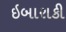
ઇબારાકી